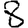
Digit: 8